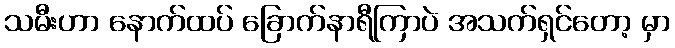
သမီးဟာ နောက်ထပ် ခြောက်နာရီကြာပဲ အသက်ရှင်တော့ မှာ